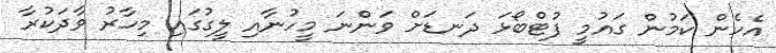
އެހެން ކަމުން ގައުމީ ފުޓްބޯޅަ ދަނޑަށް ވަންނަ މީހުނާއި ލީގުގައި މިހާރު ވާދަކުރާ